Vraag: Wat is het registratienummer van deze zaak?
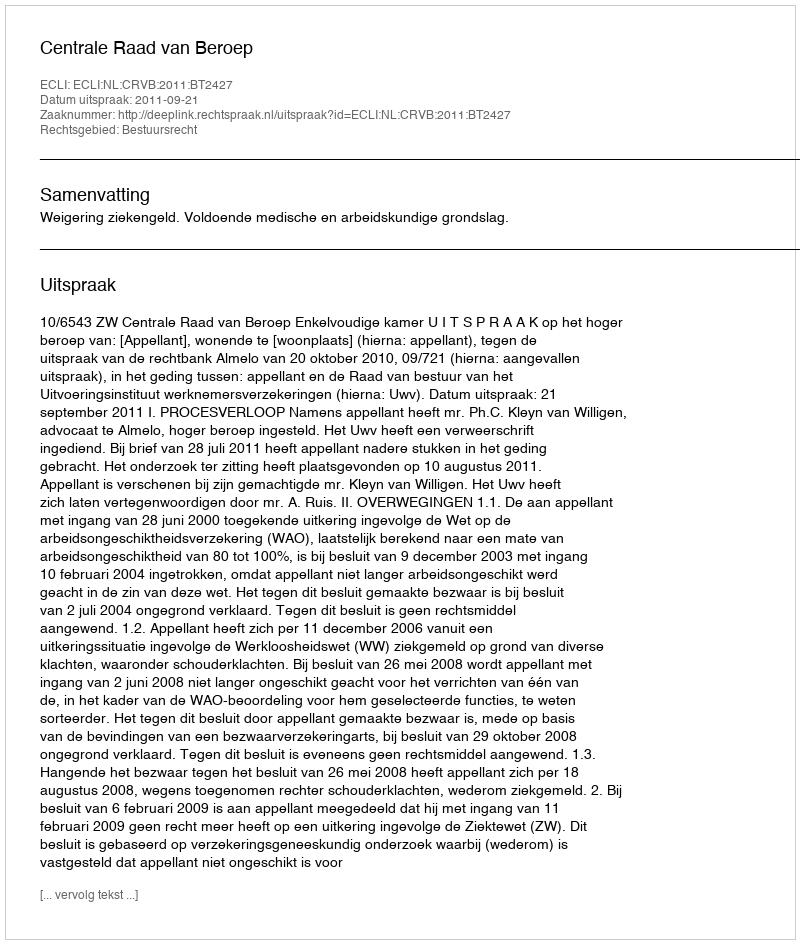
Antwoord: http://deeplink.rechtspraak.nl/uitspraak?id=ECLI:NL:CRVB:2011:BT2427